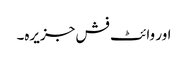
اور وائٹ فش جزیرہ۔